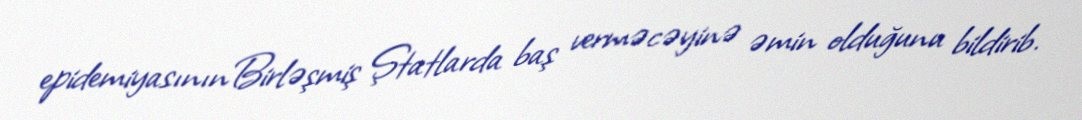
epidemiyasınınBirləşmiş Ştatlarda baş verməcəyinə əmin olduğunu bildirib.